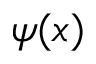
\psi ( x )